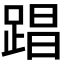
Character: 𮛤